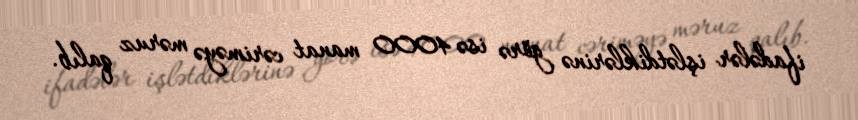
ifadələr işlətdiklərinə görə isə 4000 manat cəriməyə məruz qalıb.